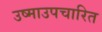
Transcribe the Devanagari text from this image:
उष्माउपचारित